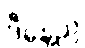
ဒီနေ့ည